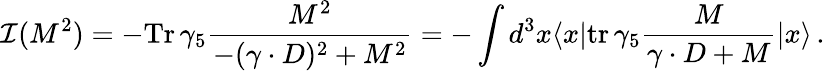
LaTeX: {\cal I}(M^{2})=-\mathrm{Tr}\, \gamma_{5}{\frac{M^{2}}{-(\gamma\cdot D)^{2}+M^{2}}}=-\int d^{3}x\langle x|\mathrm{tr}\, \gamma_{5}{\frac{M}{\gamma\cdot D+M}}|x\rangle\, .